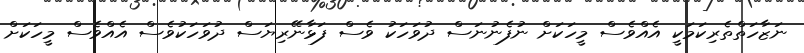
ނަޒާހަތްތެރިކަމަކީ އެއްވެސް މީހަކަށް ނުފެނުނަސް ދުވަހަކު ވެސް ފަޅާނޭރިޔަސް ދުވަހަކުވެސް އެއްވެސް މީހަކަށް